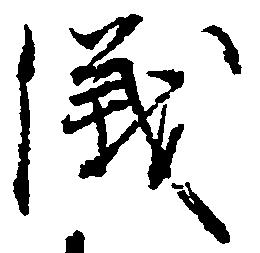
儀